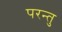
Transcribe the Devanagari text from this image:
परन्तु